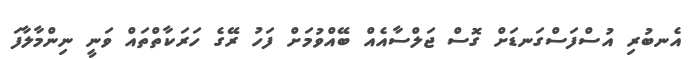
އެނބުރި އުސްފަސްގަނޑަށް ގޮސް ޖަލްސާއެއް ބޭއްވުމަށް ފަހު ރޭގެ ހަރަކާތްތައް ވަނީ ނިންމާލާފަ